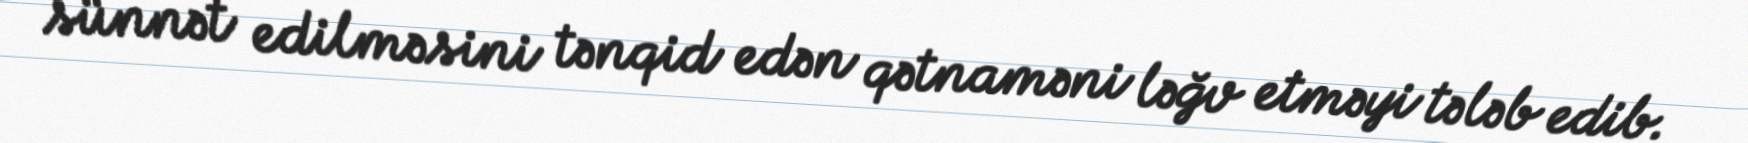
sünnət edilməsini tənqid edən qətnaməni ləğv etməyi tələb edib.